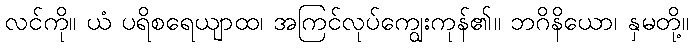
လင်ကို။ ယံ ပရိစရေယျာထ၊ အကြင်လုပ်ကျွေးကုန်၏။ ဘဂိနိယော၊ နှမတို့။